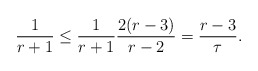
\begin{align*} \frac{1}{r+1} \leq \frac{1}{r+1}\frac{2(r-3)}{r-2} = \frac{r-3}{\tau}.\end{align*}